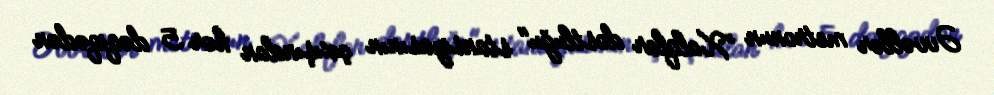
Əvvəllər metronun ”Xalqlar dostluğu" stansiyasının çıxışından hər 5 dəqiqədən